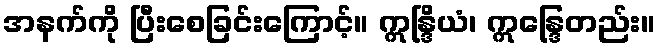
အနက်ကို ပြီးစေခြင်းကြောင့်။ ဣန္ဒြိယံ၊ ဣန္ဒြေတည်း။